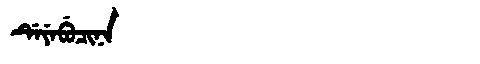
Manchu: ᡩᡝᠶᡝᠪᡠᠴᡳᠨᠠ
Romanization: DEYEBUCINA